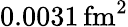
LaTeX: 0.0031\, \mathrm{fm^{2}}